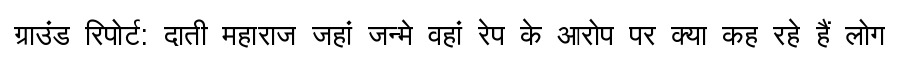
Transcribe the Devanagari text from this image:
ग्राउंड रिपोर्ट: दाती महाराज जहां जन्मे वहां रेप के आरोप पर क्या कह रहे हैं लोग